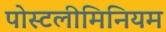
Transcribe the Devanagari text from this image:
पोस्टलीमिनियम